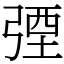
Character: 㢾